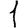
Digit: 1